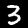
Label: 3